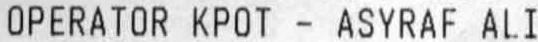
OPERATOR KPOT - ASYRAF ALI